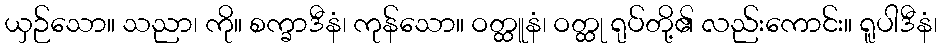
ယှဉ်သော။ သညာ၊ ကို။ စက္ခာဒီနံ၊ ကုန်သော။ ဝတ္ထူနံ၊ ဝတ္ထု ရုပ်တို့၏ လည်းကောင်း။ ရူပါဒီနံ၊